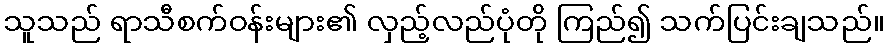
သူသည် ရာသီစက်ဝန်းများ၏ လှည့်လည်ပုံတို ကြည်၍ သက်ပြင်းချသည်။